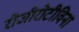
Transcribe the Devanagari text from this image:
रोजीरोटीविना